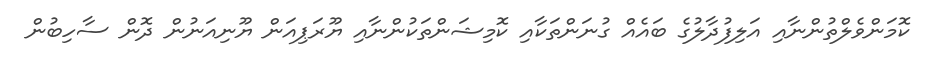
ކޮމަންވެލްތުންނާއި އަލިފުދާލުގެ ބައެއް ގުނަންތަކާއި ކޮމިޝަންތަކުންނާއި ޔޫރަޕިއަން ޔޫނިއަނުން ދޮން ސާހިބުން